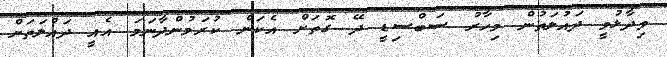
ވިދާޅުވީ ދައުލަތުން މިހާރު ސަބްސިޑީ ދޭ ގޮތަށް އެކަން ކުރަމުންދާނަމަ އެއީ ދައުލަތަށް